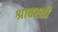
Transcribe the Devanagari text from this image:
श्रावस्‍ती